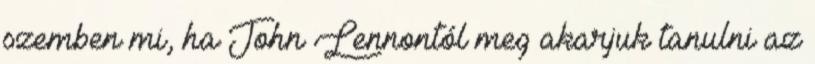
szemben mi, ha John Lennontól meg akarjuk tanulni az